Indian journal of veterinary science and animal husbandry - Volume 11,
Year: 1941
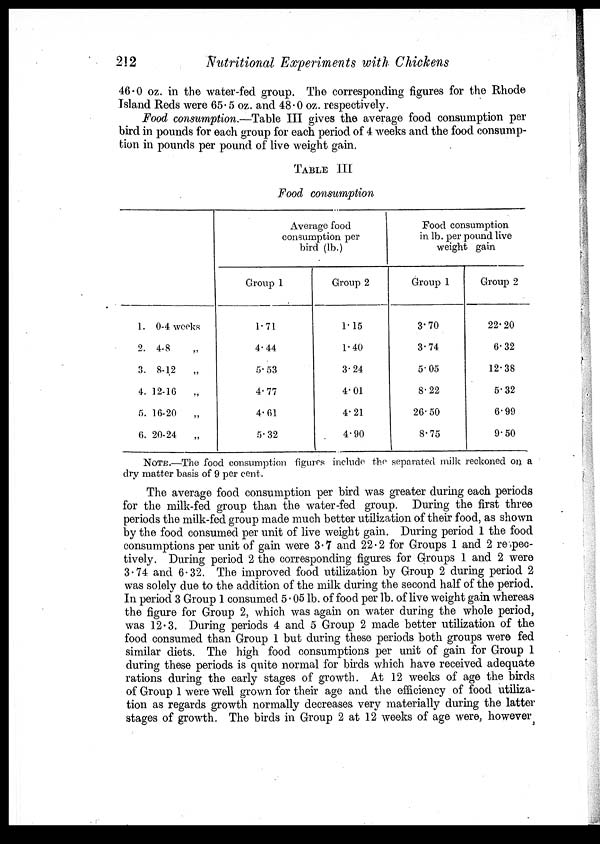
212
Nutritional Experiments with Chickens
46.0 oz. in the water-fed group. The corresponding figures for the Rhode
Island Reds were 65. 5 oz. and 48.0 oz. respectively.
Food consumption.—Table III gives the average food consumption per
bird in pounds for each group for each period of 4 weeks and the food consump-
tion in pounds per pound of live weight gain.
TABLE III
Food consumption
1. 0-4 weeks
2. 4-8 „
3. 8-12 „
4. 12-16 „
5. 16-20 „
6. 20-24 „
Average food
comsumption per
bird (lb.)
Group 1
1.71
4.44
5.53
4.77
4.61
5. 32
Group 2
1.15
1.40
3.24
4.01
4.21
4.90
Food consumption
in lb. per pound live
weight gain
Group 1
3.70
3.74
5.05
8.22
26.50
8.75
Group 2
22.20
6.32
12.38
5. 32
6.99
9.50
NOTE.—The food consumption figures include the separated milk reckoned on a
dry matter basis of 9 per cent.
The average food consumption per bird was greater during each periods
for the milk-fed group than the water-fed group. During the first three
periods the milk-fed group made much better utilization of their food, as shown
by the food consumed per unit of live weight gain. During period 1 the food
consumptions per unit of gain were 3.7 and 22.2 for Groups 1 and 2 respec-
tively. During period 2 the corresponding figures for Groups 1 and 2 were
3.74 and 6.32. The improved food utilization by Group 2 during period 2
was solely due to the addition of the milk during the second half of the period.
In period 3 Group 1 consumed 5.05 lb. of food per lb. of live weight gain whereas
the figure for Group 2, which was again on water during the whole period,
was 12.3. During periods 4 and 5 Group 2 made better utilization of the
food consumed than Group 1 but during these periods both groups were fed
similar diets. The high food consumptions per unit of gain for Group 1
during these periods is quite normal for birds which have received adequate
rations during the early stages of growth. At 12 weeks of age the birds
of Group 1 were well grown for their age and the efficiency of food utiliza-
tion as regards growth normally decreases very materially during the latter
stages of growth. The birds in Group 2 at 12 weeks of age were, however